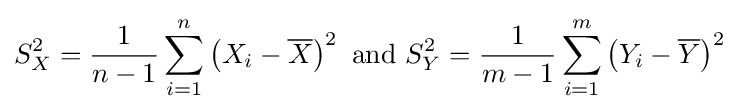
S_{X}^{2}={\frac {1}{n-1}}\sum _{i=1}^{n}\left(X_{i}-{\overline {X}}\right)^{2}{\text{  and  }}S_{Y}^{2}={\frac {1}{m-1}}\sum _{i=1}^{m}\left(Y_{i}-{\overline {Y}}\right)^{2}